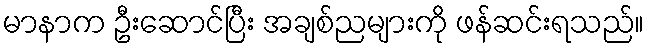
မာနာက ဦးဆောင်ပြီး အချစ်ညများကို ဖန်ဆင်းရသည်။